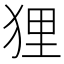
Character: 狸